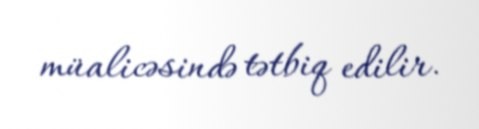
müalicəsində tətbiq edilir.